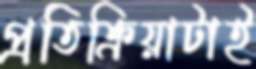
প্রতিক্রিয়াটাই